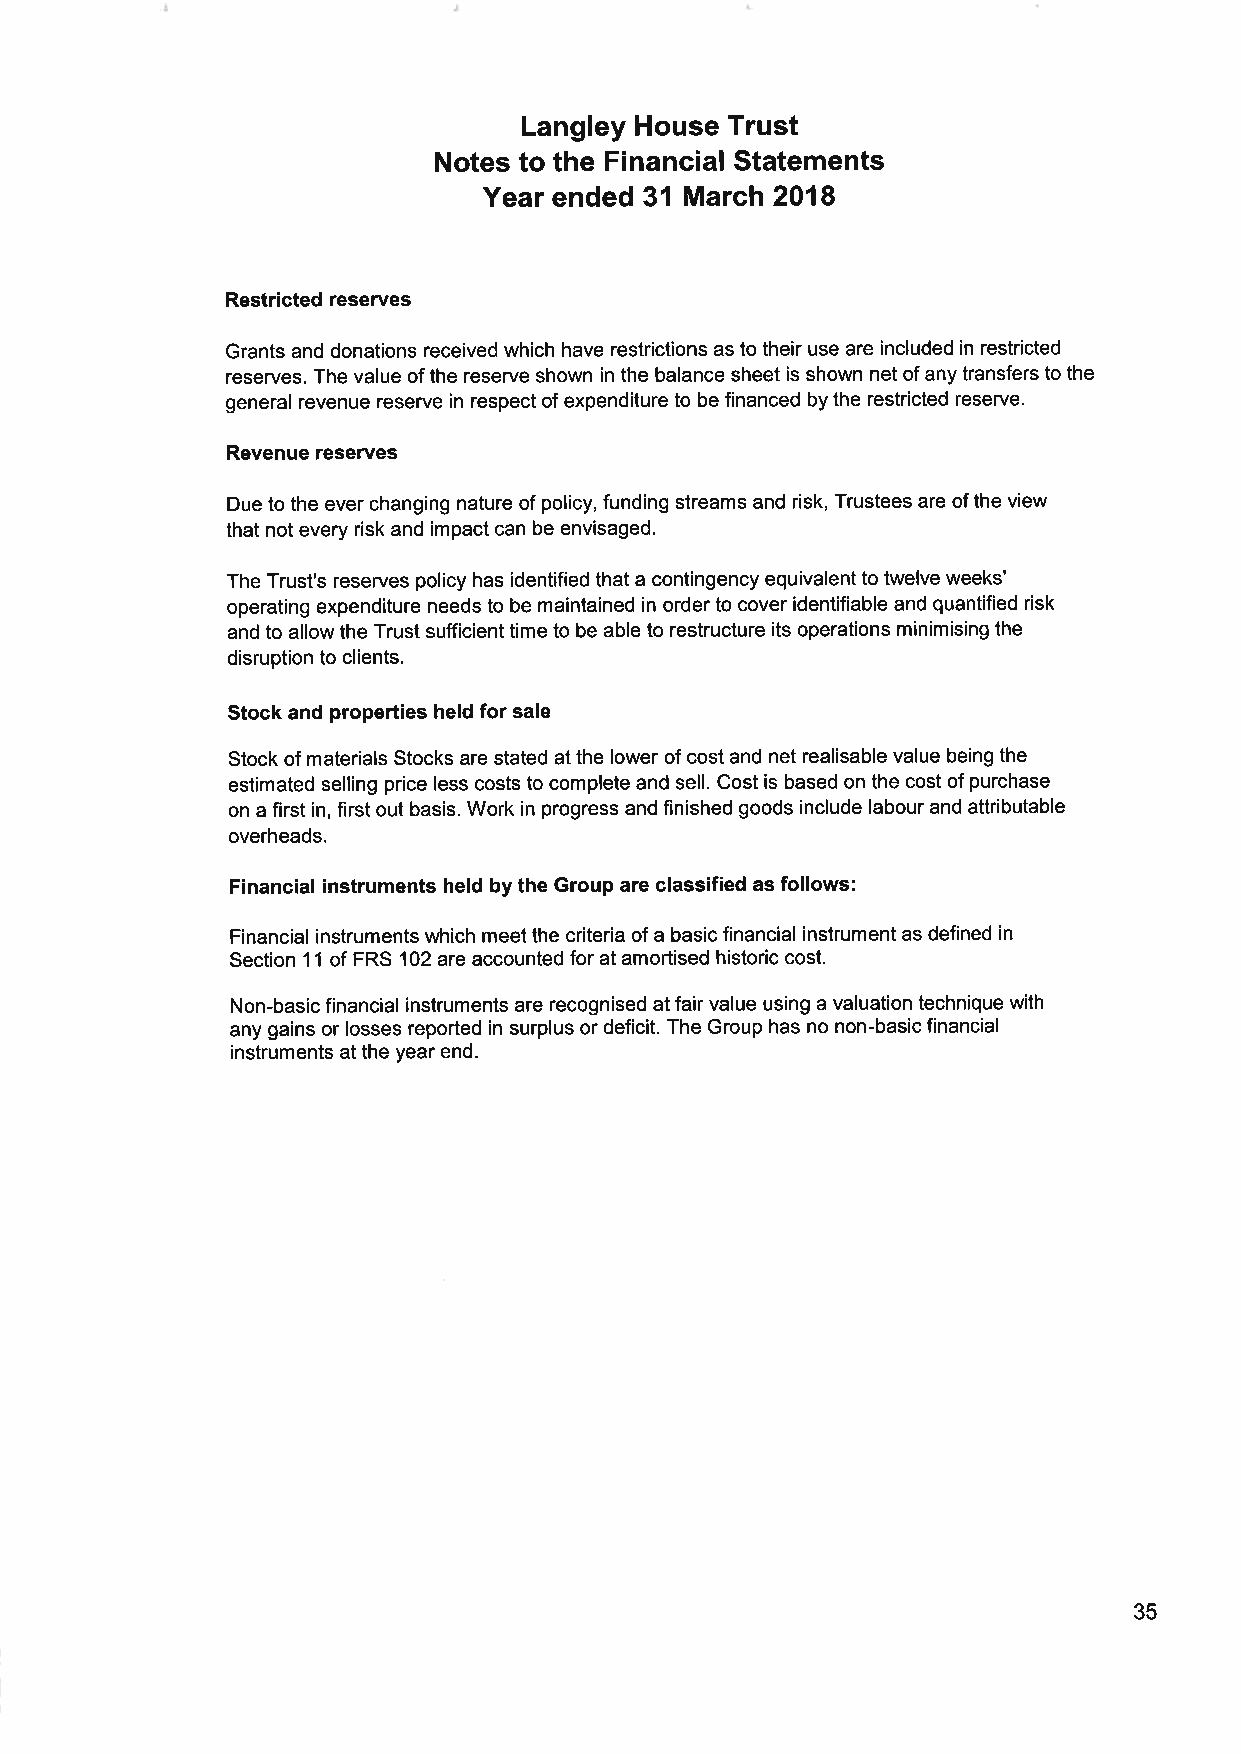
Langley House Trust
 Notes to the Financial Statements
 Year ended 31 March 2018
 Restricted reserves
 Grants and donations received which have restrictions as to their use are included in restricted
 reserves. The value of the reserve shown in the balance sheet is shown net of any transfers to the
 general revenue reserve in respect of expenditure to be financed by the restricted reserve.
 Revenue reserves
 Due to the ever changing nature of policy, funding streams and risk, Trustees are of the view
 that not every risk and impact can be envisaged.
 The Trust's reserves policy has identified that a contingency equivalent to twelve weeks'
 operating expenditure needs to be maintained in order to cover identifiable and quantified risk
 and to allow the Trust sufficient time to be able to restructure its operations minimising the
 disruption to clients.
 Stock and properties held for sale
 Stock of materials Stocks are stated at the lower of cost and net realisable value being the
 estimated selling price less costs to complete and sell. Cost is based on the cost of purchase
 on a first in, first out basis. Work in progress and finished goods include labour and attributable
 overheads.
 Financial instruments held by the Group are classified as follows:
 Financial instruments which meet the criteria of a basic financial instrument as defined in
 Section 11 of FRS 102 are accounted for at amortised historic cost.
 Non-basic financial instruments are recognised at fair value using a valuation technique with
 any gains or losses reported in surplus or deficit. The Group has no non-basic financial
 instruments at the year end.
 35